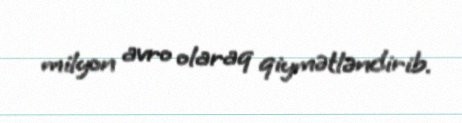
milyon avro olaraq qiymətləndirib.